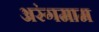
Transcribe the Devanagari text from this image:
अरंगमाम